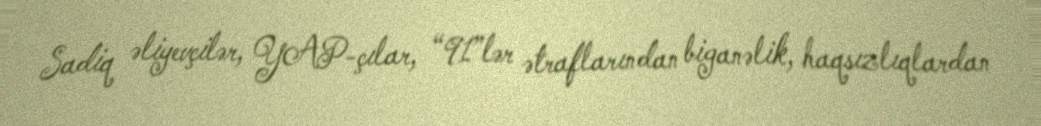
Sadiq əliyevçilər, YAP-çılar, “91”lər ətraflarından biganəlik, haqsızlıqlardan